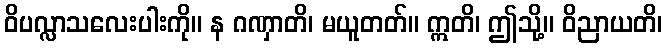
ဝိပလ္လာသလေးပါးကို။ န ဂဏှာတိ၊ မယူတတ်။ ဣတိ၊ ဤသို့။ ဝိညာယတိ၊